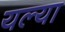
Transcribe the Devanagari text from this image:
यल्या